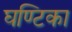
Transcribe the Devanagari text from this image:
घण्टिका